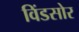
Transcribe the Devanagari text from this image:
विंडसोर